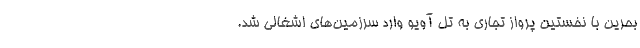
بحرین با نخستین پرواز تجاری به تل آویو وارد سرزمین‌های اشغالی شد.